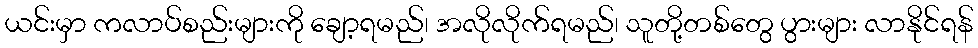
ယင်းမှာ ကလာပ်စည်းများကို ချော့ရမည်၊ အလိုလိုက်ရမည်၊ သူတို့တစ်တွေ ပွားများ လာနိုင်ရန်